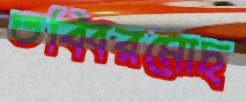
তব্বিরমোচ্‌